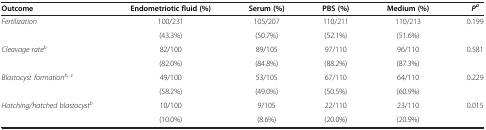
<table><thead><tr><td><b>Outcome</b></td><td><b>Endometriotic fluid (%)</b></td><td><b>Serum (%)</b></td><td><b>PBS (%)</b></td><td><b>Medium (%)</b></td><td><b><i>P</i><sup><i>a</i></sup></b></td></tr></thead><tbody><tr><td><i>Fertilization</i></td><td>100/231</td><td>105/207</td><td>110/211</td><td>110/213</td><td>0.199</td></tr><tr><td> </td><td>(43.3%)</td><td>(50.7%)</td><td>(52.1%)</td><td>(51.6%)</td><td> </td></tr><tr><td><i>Cleavage rate</i><sup><i>b</i></sup></td><td>82/100</td><td>89/105</td><td>97/110</td><td>96/110</td><td>0.581</td></tr><tr><td> </td><td>(82.0%)</td><td>(84.8%)</td><td>(88.2%)</td><td>(87.3%)</td><td> </td></tr><tr><td><i>Blastocyst formation</i><sup><i>b, c</i></sup></td><td>49/100</td><td>53/105</td><td>67/110</td><td>64/110</td><td>0.229</td></tr><tr><td> </td><td>(58.2%)</td><td>(49.0%)</td><td>(50.5%)</td><td>(60.9%)</td><td> </td></tr><tr><td><i>Hatching/hatched blastocyst</i><sup><i>b</i></sup></td><td>10/100</td><td>9/105</td><td>22/110</td><td>23/110</td><td>0.015</td></tr><tr><td> </td><td>(10.0%)</td><td>(8.6%)</td><td>(20.0%)</td><td>(20.9%)</td><td> </td></tr></tbody></table>